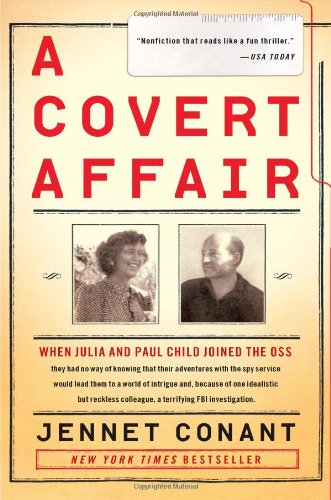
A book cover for A Covert Affair: When Julia and Paul Child joined the OSS they had no way of knowing that their adventures with the spy service would lead them into a ... colleague, a terrifying FBI investigation.; Jennet Conant; Biographies & Memoirs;